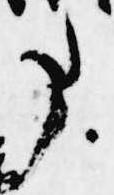
事